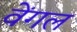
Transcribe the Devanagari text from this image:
वेंगल